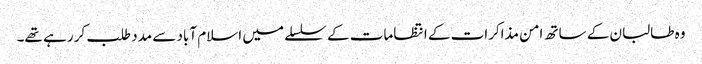
وہ طالبان کے ساتھ امن مذاکرات کے انتظامات کے سلسلے میں اسلام آباد سے مدد طلب کر رہے تھے۔